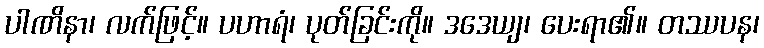
ပါဏိနာ၊ လက်ဖြင့်။ ပဟာရံ၊ ပုတ်ခြင်းကို။ ဒဒေယျ၊ ပေးရာ၏။ တဿပန၊